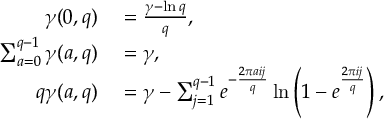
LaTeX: \begin{array} { r l } { \gamma ( 0 , q ) } & { { } = { \frac { \gamma - \ln q } { q } } , } \\ { \sum _ { a = 0 } ^ { q - 1 } \gamma ( a , q ) } & { { } = \gamma , } \\ { q \gamma ( a , q ) } & { { } = \gamma - \sum _ { j = 1 } ^ { q - 1 } e ^ { - { \frac { 2 \pi a i j } { q } } } \ln \left( 1 - e ^ { \frac { 2 \pi i j } { q } } \right) , } \end{array}